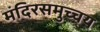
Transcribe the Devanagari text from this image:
मंदिरसमुच्चय